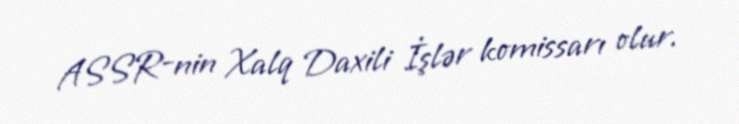
ASSR-nin Xalq Daxili İşlər komissarı olur.